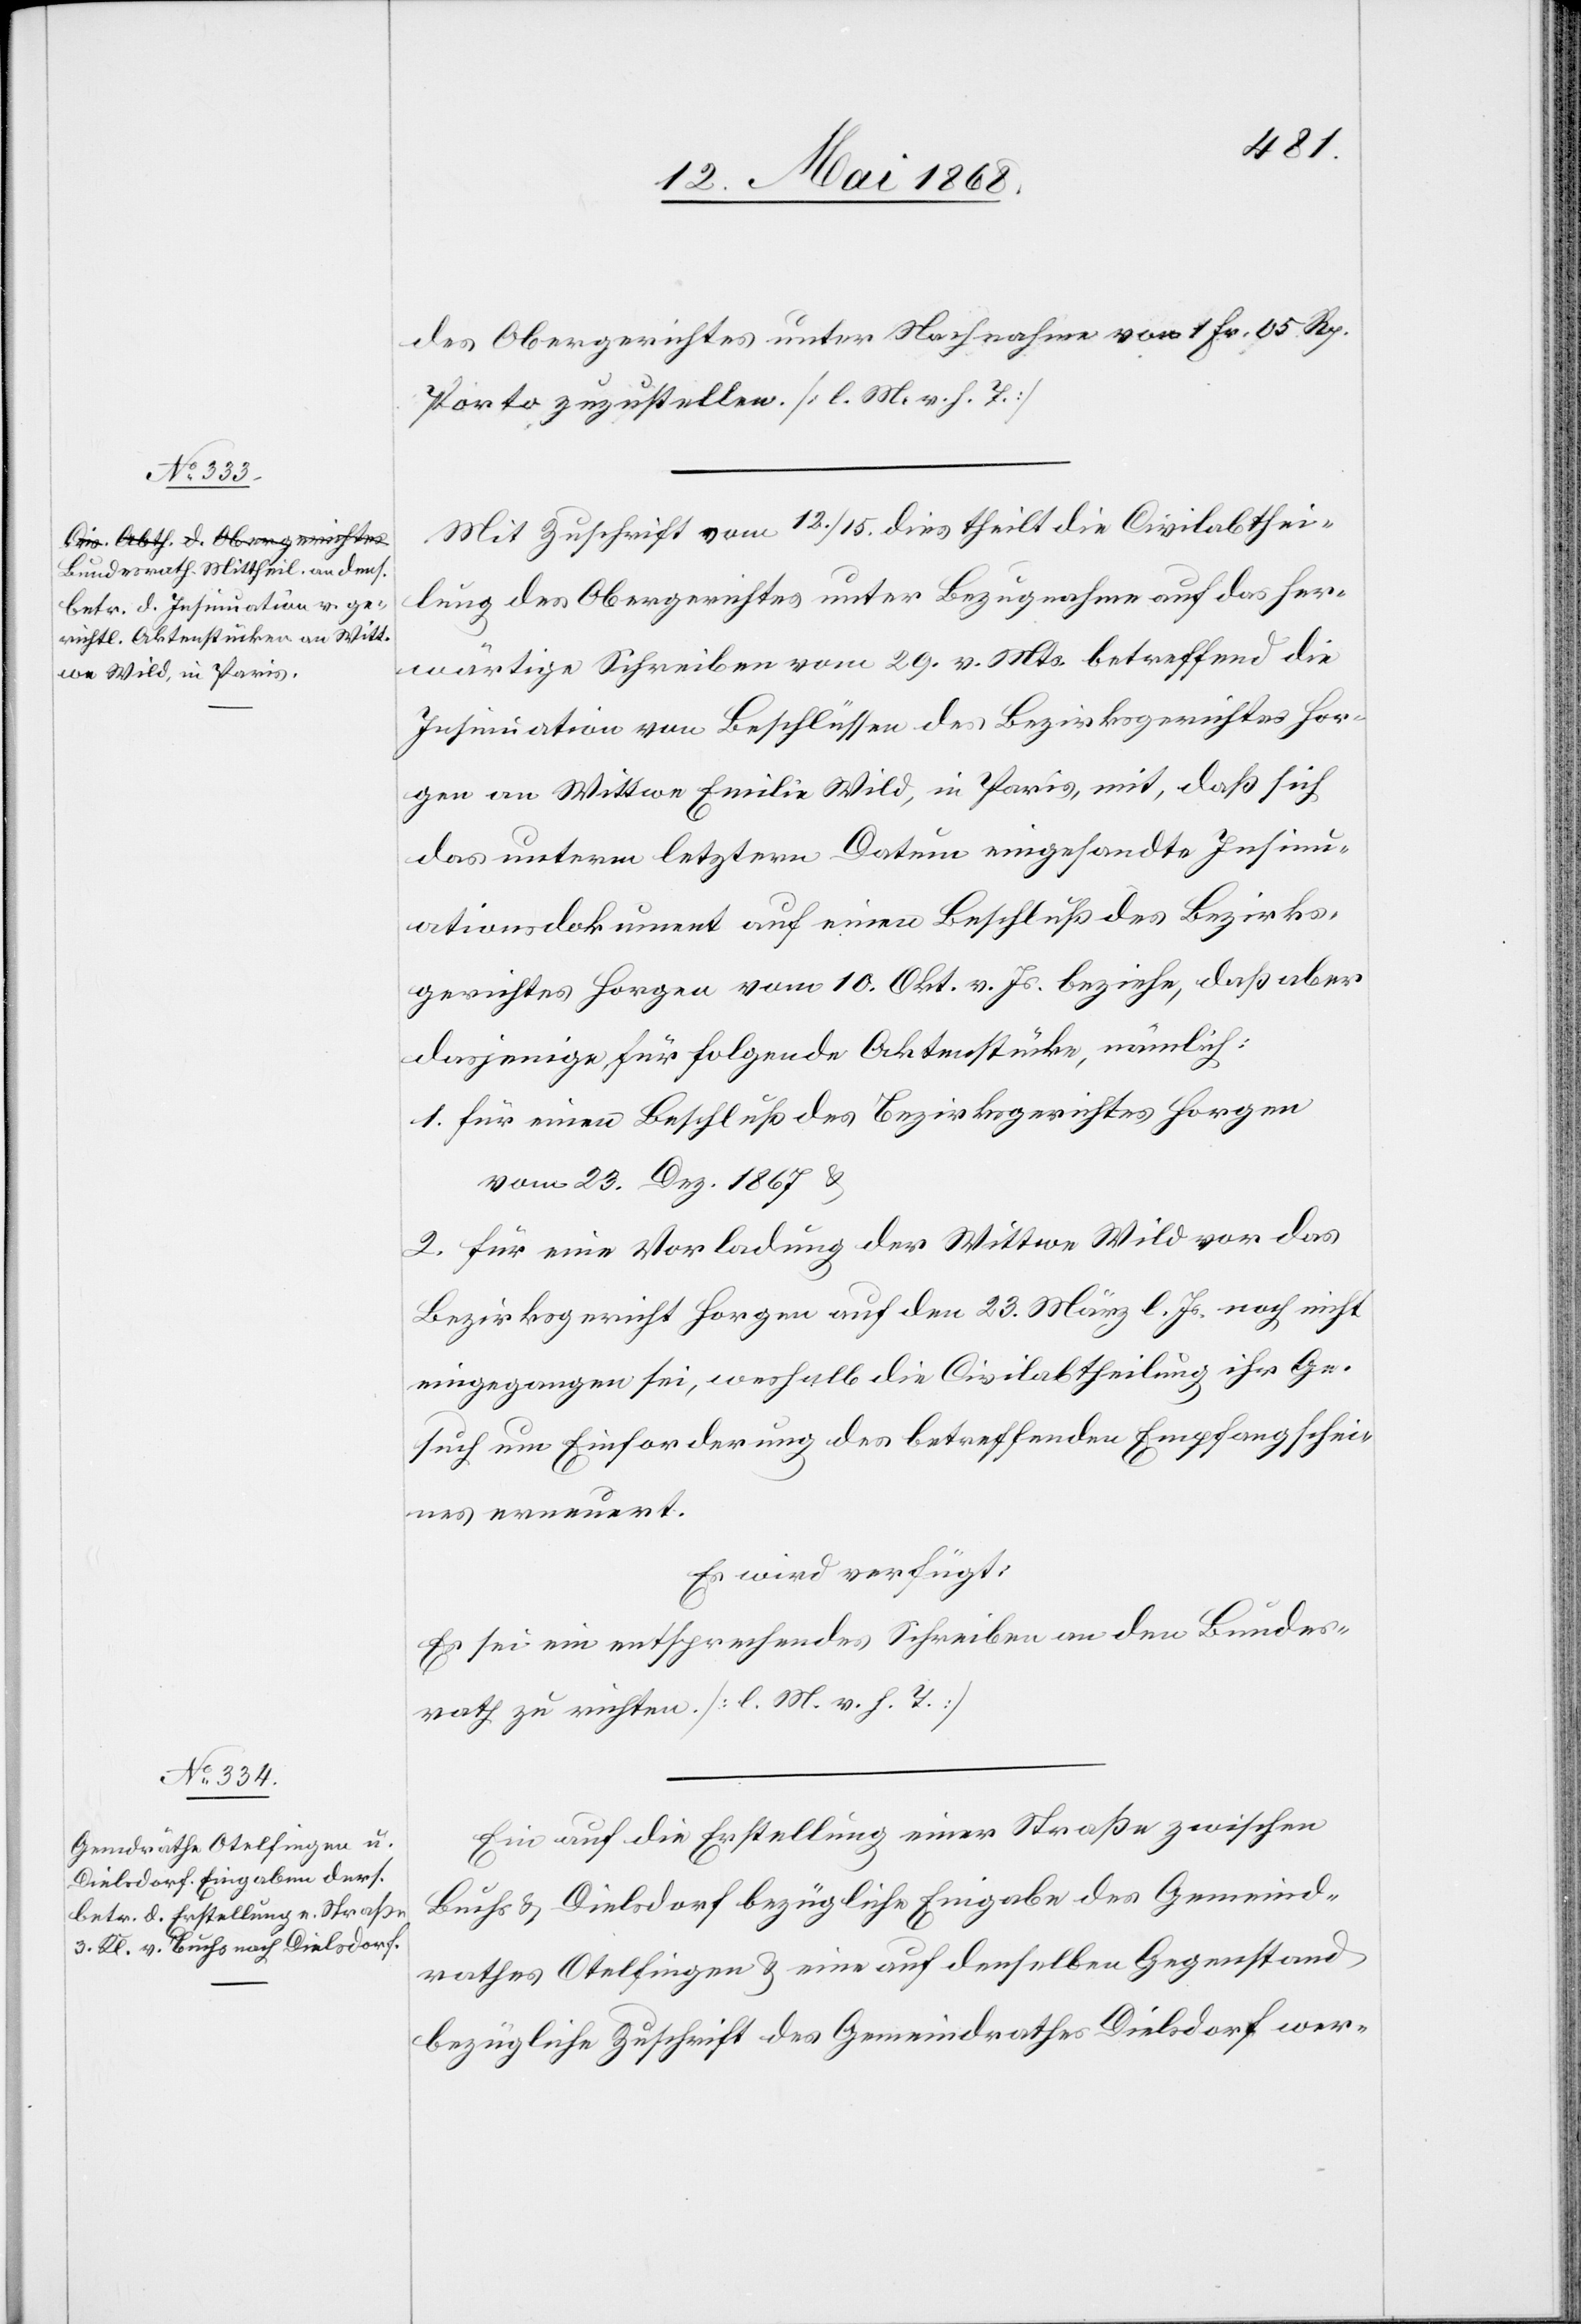
15. Mai 1868.]
des Obergerichtes unter Nachnahme von 1 Fr. 05. Rp.
Porto zuzustellen. [l. M. v. h. T.]
Mit Zuschrift vom 12. / 15. dies theilt die Civilabthei¬
lung des Obergerichtes unter Bezugnahme auf das her¬
wärtige Schreiben vom 29. v. Mts. betreffend die
Insinuation von Beschlüssen des Bezirksgerichtes Hor¬
gen an Wittwe Emilie Wild, in Paris, mit, daß sich
das unterm letztern Datum eingesandte Insinu¬
ationsdokument auf einen Beschluß des Bezirks¬
gerichtes Horgen vom 10. Okt. v. Js. beziehe, daß aber
dasjenige für folgende Aktenstücke, nämlich:
1. für einen Beschluß des Bezirksgerichtes Horgen
vom 23. Dez. 1867 &
2. für eine Vorladung der Wittwe Wild vor das
Bezirkgericht Horgen auf den 23. März l. Js. noch nicht
eingegangen sei, weshalb die Civilabtheilung ihr Ge¬
such um Einforderung des betreffenden Empfangschei¬
nes erneuert.
Es wird verfügt:
Es sei ein entsprechendes Schreiben an den Bundes¬
rath zu richten. [l. M. v. h. T.]
Ein[e] auf die Erstellung einer Straße zwischen
Buchs & Dielsdorf bezügliche Eingabe des Gemeind¬
rathes Otelfingen & eine auf denselben Gegenstand
bezügliche Zuschrift des Gemeindrathes Dielsdorf wer-